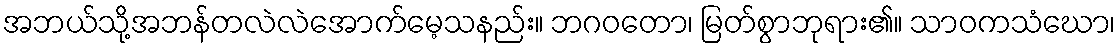
အဘယ်သို့အဘန်တလဲလဲအောက်မေ့သနည်း။ ဘဂဝတော၊ မြတ်စွာဘုရား၏။ သာဝကသံဃော၊